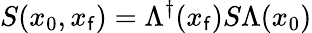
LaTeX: S(x_{0},x_{\mathsf{f}})=\Lambda^{\dagger}(x_{\mathsf{f}})S\Lambda(x_{0})